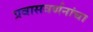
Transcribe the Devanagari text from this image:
प्रवासवर्णनांचा